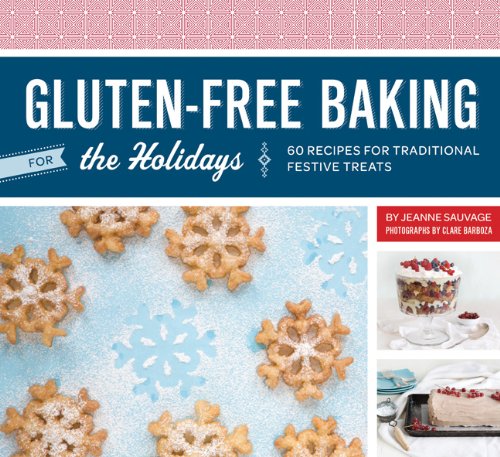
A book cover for Gluten-Free Baking for the Holidays: 60 Recipes for Traditional Festive Treats; Jeanne Sauvage; Cookbooks, Food & Wine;